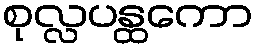
စုလ္လပန္ထကော